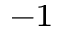
^ { - 1 }